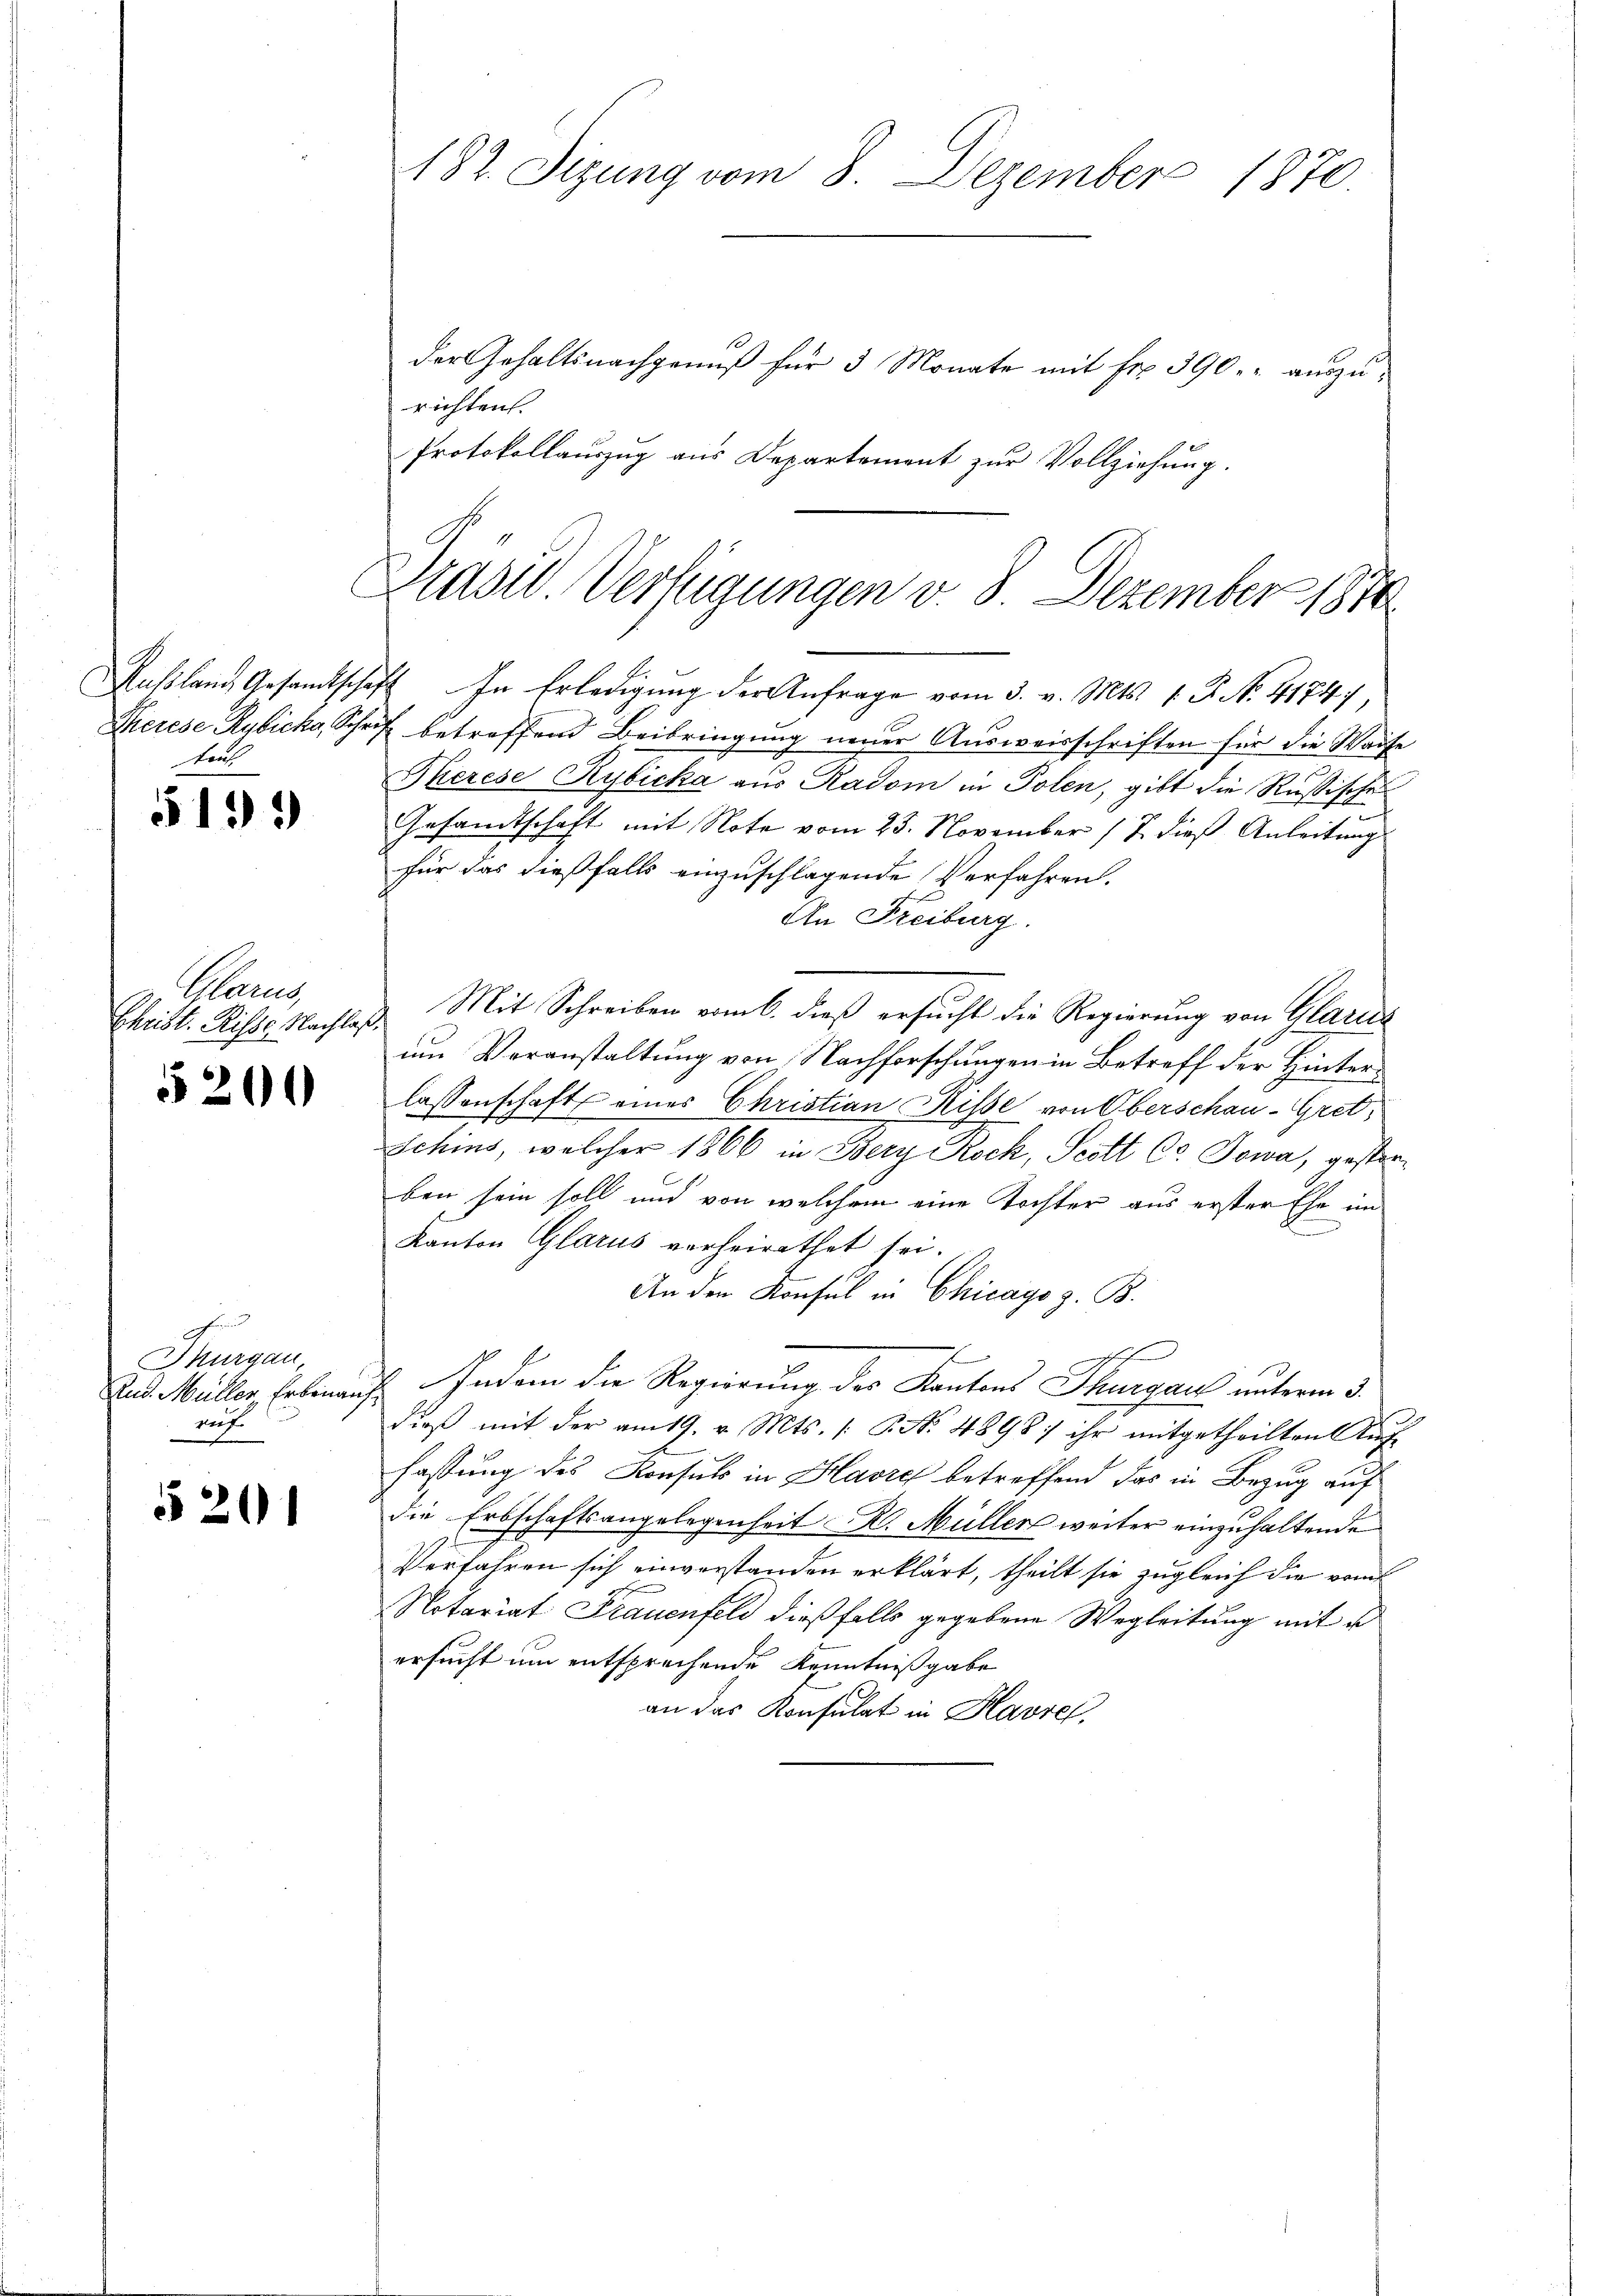
traf

5193

Mam

5200

ohn
Thurgau
ref.

520

der Gehaltsnachgenuß für 3 Monate mit Fr. 390. auszurichten.
Protokollauszug aus Departement zur Vollziehung.

assland Gesandtschaft In Erledigŭng der Anfrage vom 3. v. Mts. 1. P. N. 41747,
Therese Rybicka, Schrift betreffend Beibringung neuer Ausweisschriften für die Waise
Therese Rybicka aus Radom in Polen, gibt die Rußischen
Gesandtschaft mit Note vom 23. November (7 dieß Anleitung
für das dießfalls einzuschlagende Verfahren.
An Freiburg.
Christ. Risse Nachlaß Mit Schreiben vom 6. dieß ersucht die Regierung von Glarus
um Veranstaltung von Nachforschungen in Betreff der Hinterlassenschaft eines Christian Risse von Oberschau-Gretx
Schins, welcher 1866 in Bery Rock, Scott C. Sowa, gesterben sein soll und von welchem eine Tochter aus erster Ehe im
Kanton Glarus verheirathet sei.
An den Konsul in Chicago z. B.
Sch
2
Eud. Müller, Erbeinauf Indem die Regierung des Kantons Thurgau unterm 3.
dieß mit der am 19. v. Mts. (T. No. 4898) ihr mitgetheilten Auf-
fassung des Konsuls in Havre betreffend das in Bezug auf
die Erbschaftsangelegenheit R. Müller weiter einzuhaltende
Verfahren sich einverstanden erklärt, theilt sie zugleich die vom
Notariat Frauenfeld dießfalls gegebene Wegleitung mit e
ersucht um entsprochende Kenntnißgabe
an das Konsulat in Havre,

182. Sizung vom 8. Dezember 1870.

Präsid. Verfügungen v. 8. Dezember 1870